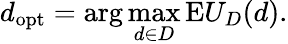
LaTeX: d_{\mathrm{opt}}=\arg\operatorname*{max}_{d\in D}{\mathrm{E}}U_{D}(d).